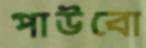
পাউবো